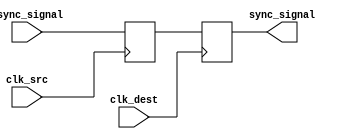
module dual_ff_synchronizer (
    input wire clk_src,        // Source clock
    input wire clk_dest,       // Destination clock
    input wire async_signal,    // Asynchronous input signal to be synchronized
    output reg sync_signal      // Synchronized output signal
);

    // Internal signals for the two flip-flops
    reg ff1_out;               // Output of the first flip-flop

    // First flip-flop, clocked by the source clock
    always @(posedge clk_src) begin
        ff1_out <= async_signal; // Sample the asynchronous signal
    end

    // Second flip-flop, clocked by the destination clock
    always @(posedge clk_dest) begin
        sync_signal <= ff1_out;   // Transfer the output of the first flip-flop
    end

endmodule